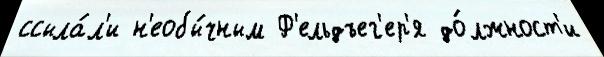
ссыла́л'и н'еобы́чным Ф'ельдъег'ер'я до́лжност'и